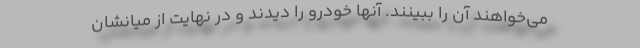
می‌خواهند آن را ببینند. آنها خودرو را دیدند و در نهایت از میانشان